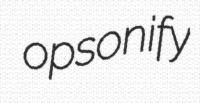
opsonify